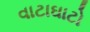
વાટાઘાટો